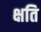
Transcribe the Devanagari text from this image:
क्षति